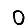
Digit: 0